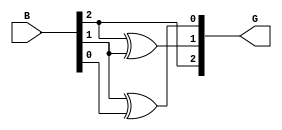
module gray_code_encoder (
    input [2:0] B, // 3-bit binary input
    output [2:0] G // 3-bit Gray code output
);

// Gray code conversion logic
assign G[2] = B[2];           // MSB of Gray code is the same as MSB of binary input
assign G[1] = B[2] ^ B[1];    // G[1] = B[2] XOR B[1]
assign G[0] = B[1] ^ B[0];    // G[0] = B[1] XOR B[0]

endmodule